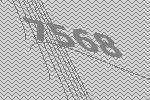
7568